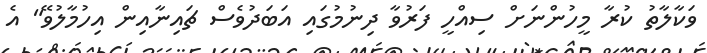
ވަކާލާތު ކުރާ މީހުންނަށް ސިއްހީ ފަރުވާ ދިނުމުގައި އަބަދުވެސް ޗައިނާއިން އިހުމާލުވޭ" އެ